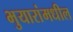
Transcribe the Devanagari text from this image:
भुयारांमधील